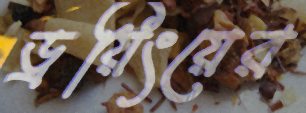
ড্রয়িংয়ের